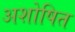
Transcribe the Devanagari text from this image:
अशोषित